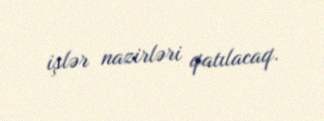
işlər nazirləri qatılacaq.